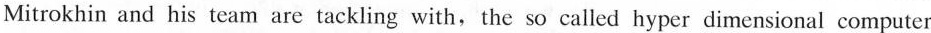
Mitrokhin and his team are tackling with,the so called hyper dimensional computer